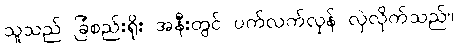
သူသည် ခြံစည်းရိုး အနီးတွင် ပက်လက်လှန် လှဲလိုက်သည်။